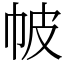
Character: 帔